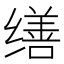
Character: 缮